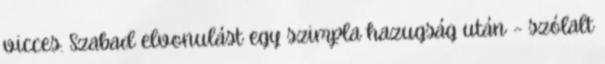
vicces. Szabad elvonulást egy szimpla hazugság után – szólalt